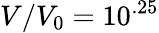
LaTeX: V/V_{0}=10^{.25}